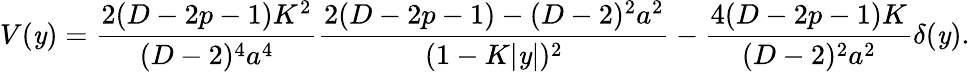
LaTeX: V(\mathit{y})={\frac{{2(D-2p-1)K^{2}}}{{(D-2)^{4}a^{4}}}}{\frac{{2(D-2p-1)-(D-2)^{2}a^{2}}}{{(1-K|\mathit{y}|)^{2}}}}-{\frac{{4(D-2p-1)K}}{{(D-2)^{2}a^{2}}}}\delta(\mathit{y}).